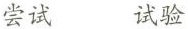
尝试 试验